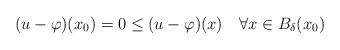
LaTeX: \begin{align*}(u-\varphi)(x_0)=0\leq (u-\varphi)(x)\quad\forall x\in B_\delta(x_0)\end{align*}